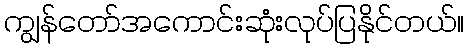
ကျွန်တော်အကောင်းဆုံးလုပ်ပြနိုင်တယ်။